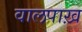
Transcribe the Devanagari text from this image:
वालपाख़